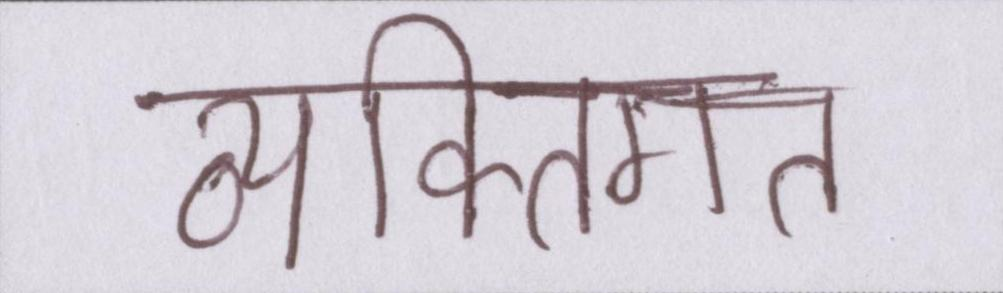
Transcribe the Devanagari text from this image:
व्यक्तिगत